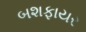
બશફાયર